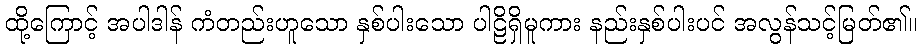
ထို့ကြောင့် အပါဒါန် ကံတည်းဟူသော နှစ်ပါးသော ပါဠိရှိမူကား နည်းနှစ်ပါးပင် အလွန်သင့်မြတ်၏။